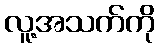
လူ့အသက်ကို